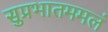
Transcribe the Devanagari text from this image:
सुप्रभातममलं